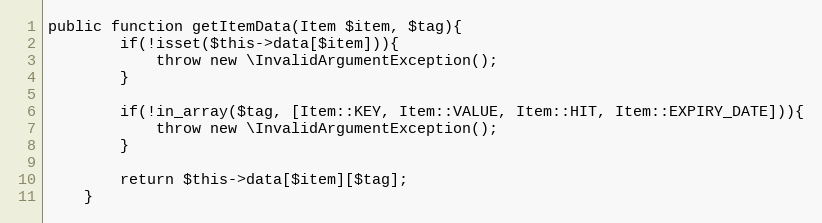
Language: PHP
public function getItemData(Item $item, $tag){
        if(!isset($this->data[$item])){
            throw new \InvalidArgumentException();
        }

        if(!in_array($tag, [Item::KEY, Item::VALUE, Item::HIT, Item::EXPIRY_DATE])){
            throw new \InvalidArgumentException();
        }

        return $this->data[$item][$tag];
    }